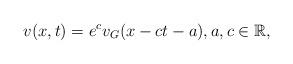
LaTeX: \begin{align*}v(x,t) = e^{c} v_G(x-ct-a), a,c \in \mathbb{R},\end{align*}